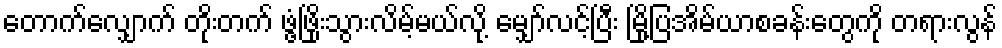
တောက်လျှောက် တိုးတက် ဖွံ့ဖြိုးသွားလိမ့်မယ်လို့ မျှော်လင့်ပြီး မြို့ပြအိမ်ယာစခန်းတွေကို တရားလွန်